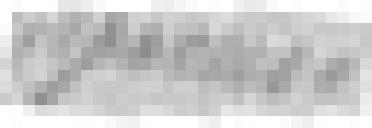
approuvé